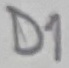
Text: D1